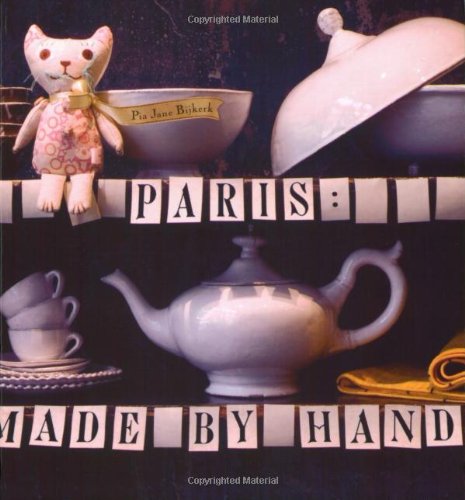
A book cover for Paris: Made by Hand: 50 Shops Where Decorators and Stylists Source the Chic & Unique; Pia Jane Bijkerk; Travel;